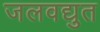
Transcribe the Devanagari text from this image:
जलवद्युत